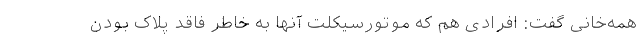
همه‌خانی گفت: افرادی هم که موتورسیکلت آنها به خاطر فاقد پلاک بودن